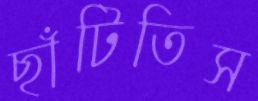
ছাঁটিতিস